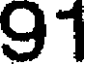
91